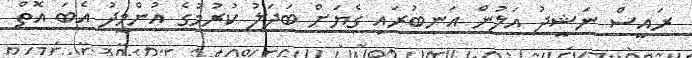
ރައީސް ނަޝީދު އަލުން އަނބުރައި ގެޔަށް ބަދަލު ކުރުމުގެ އުންމީދު އެބަ އޮތް